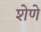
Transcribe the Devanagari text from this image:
शेणे